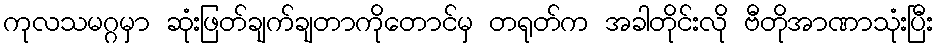
ကုလသမဂ္ဂမှာ ဆုံးဖြတ်ချက်ချတာကိုတောင်မှ တရုတ်က အခါတိုင်းလို ဗီတိုအာဏာသုံးပြီး